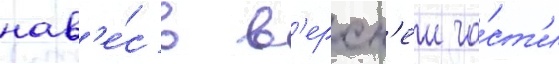
нав'е́с в в'ерхн'еи ча́ст'и